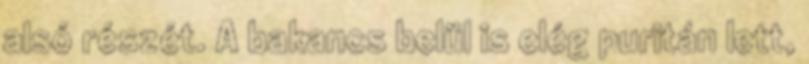
alsó részét. A bakancs belül is elég puritán lett,